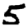
Digit: 5